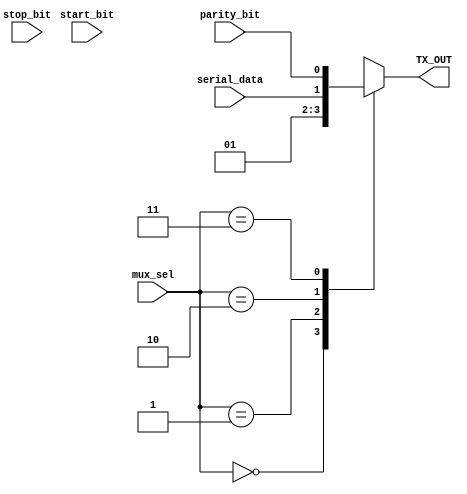
module MUX (
    input   [1:0]          mux_sel,
    input                  start_bit,
    input                  stop_bit,
    input                  serial_data,
    input                  parity_bit,
    output         reg     TX_OUT
);
assign  start_bit = 'd0;
assign  stop_bit  = 'd1;
localparam IDLE   ='d1 ;
always @(*) begin
    case (mux_sel)
       2'b00 :
        begin
            TX_OUT = start_bit;
        end 
       2'b01 :
       begin
           TX_OUT = stop_bit;
       end 
       2'b10 :
        begin
            TX_OUT = serial_data;
        end 
       2'b11 :
        begin
            TX_OUT = parity_bit;
        end 
        default: TX_OUT = IDLE;
    endcase
end
endmodule